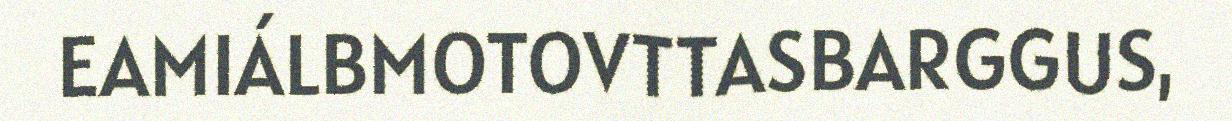
EAMIÁLBMOTOVTTASBARGGUS,